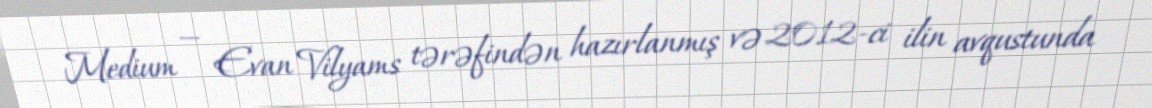
Medium — Evan Vilyams tərəfindən hazırlanmış və 2012-ci ilin avqustunda